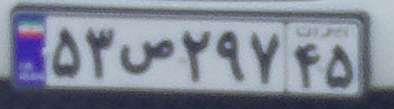
۵۳ص۲۹۷۴۵